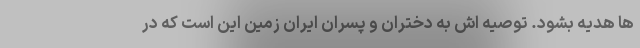
ها هدیه بشود. توصیه اش به دختران و پسران ایران زمین این است که در